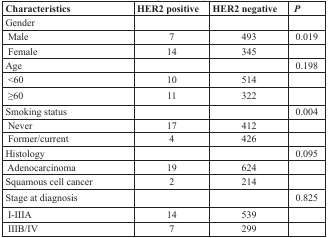
<table><thead><tr><td><b>Characteristics</b></td><td><b>HER2 positive</b></td><td><b>HER2 negative</b></td><td><b><i>P</i></b></td></tr></thead><tbody><tr><td>Gender</td><td></td><td></td><td></td></tr><tr><td> Male</td><td>7</td><td>493</td><td>0.019</td></tr><tr><td> Female</td><td>14</td><td>345</td><td></td></tr><tr><td>Age</td><td></td><td></td><td>0.198</td></tr><tr><td> &lt;60</td><td>10</td><td>514</td><td></td></tr><tr><td> ≥60</td><td>11</td><td>322</td><td></td></tr><tr><td>Smoking status</td><td></td><td></td><td>0.004</td></tr><tr><td> Never</td><td>17</td><td>412</td><td></td></tr><tr><td> Former/current</td><td>4</td><td>426</td><td></td></tr><tr><td>Histology</td><td></td><td></td><td>0.095</td></tr><tr><td> Adenocarcinoma</td><td>19</td><td>624</td><td></td></tr><tr><td>Squamous cell cancer</td><td>2</td><td>214</td><td></td></tr><tr><td>Stage at diagnosis</td><td></td><td></td><td>0.825</td></tr><tr><td> I-IIIA</td><td>14</td><td>539</td><td></td></tr><tr><td> IIIB/IV</td><td>7</td><td>299</td><td></td></tr></tbody></table>